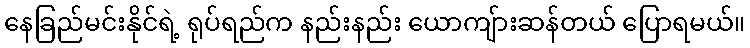
နေခြည်မင်းနိုင်ရဲ့ ရုပ်ရည်က နည်းနည်း ယောကျ်ားဆန်တယ် ပြောရမယ်။